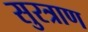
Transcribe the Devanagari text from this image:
सुरत्राण